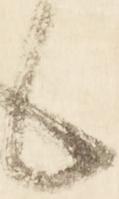
ん